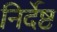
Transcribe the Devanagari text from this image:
निर्देष्ट